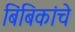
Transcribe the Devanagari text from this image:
बिंबिकांचे